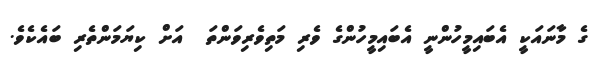
ގެ މާނައަކީ އެބައިމީހުންނީ އެބައިމީހުންގެ ވެރި މަތިވެރިވަންތަ  އަށް ކިޔަމަންތެރި ބައެކެވެ.